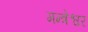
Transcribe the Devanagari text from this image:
मन्त्रेश्वर